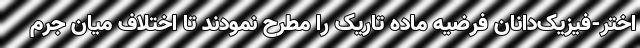
اختر-فیزیک‌دانان فرضیه ماده تاریک را مطرح نمودند تا اختلاف میان جرم